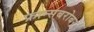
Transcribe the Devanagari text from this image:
फ्रान्सबरोबर